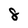
Character: 8